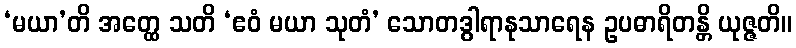
‘မယာ’တိ အတ္ထေ သတိ ‘ဧဝံ မယာ သုတံ’ သောတဒွါရာနုသာရေန ဥပဓာရိတန္တိ ယုဇ္ဇတိ။